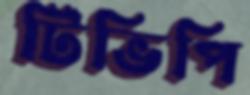
টিভিপি